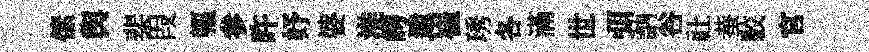
傃舆棐叚軀参旿妤婆淮崿遺崔琇各滿世弭訥谷社蛬駮官